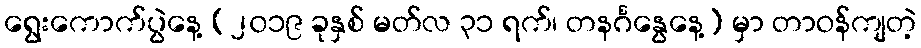
ရွေးကောက်ပွဲနေ့ (၂၀၁၉ ခုနှစ် မတ်လ ၃၁ ရက်၊ တနင်္ဂနွေနေ့) မှာ တာဝန်ကျတဲ့